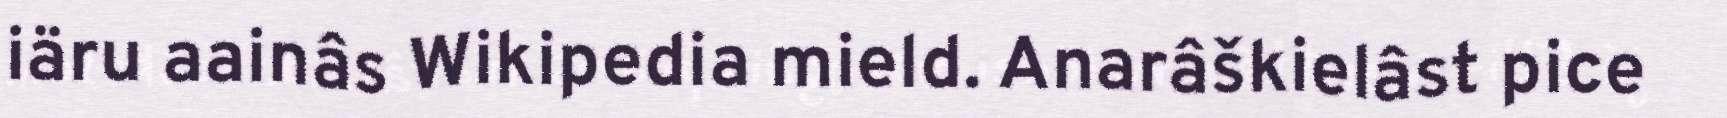
iäru aainâs Wikipedia mield. Anarâškielâst pice